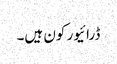
ڈرائیور کون ہیں۔